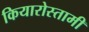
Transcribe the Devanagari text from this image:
कियारोस्तामी